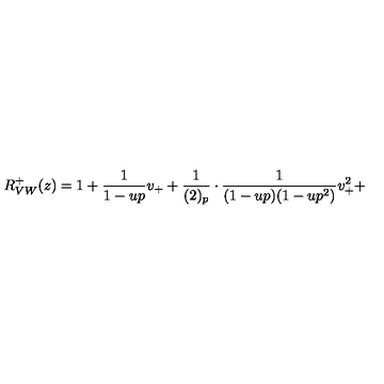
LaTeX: R _ { V W } ^ { + } ( z ) = 1 + \frac { 1 } { 1 - u p } v _ { + } + \frac { 1 } { ( 2 ) _ { p } } \cdot \frac { 1 } { ( 1 - u p ) ( 1 - u p ^ { 2 } ) } v _ { + } ^ { 2 } +